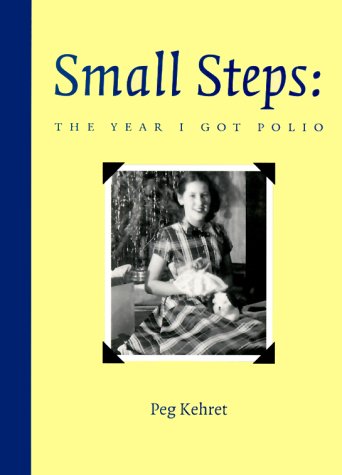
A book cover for Small Steps: The Year I Got Polio; Peg Kehret; Biographies & Memoirs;